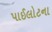
પાઈલોટના